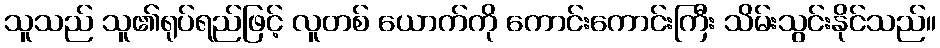
သူသည် သူ၏ရုပ်ရည်ဖြင့် လူတစ် ယောက်ကို ကောင်းကောင်းကြီး သိမ်းသွင်းနိုင်သည်။